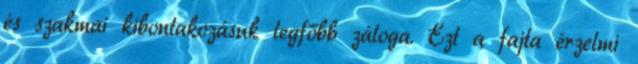
és szakmai kibontakozásuk legfőbb záloga. Ezt a fajta érzelmi